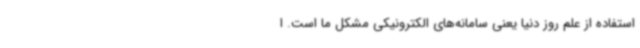
استفاده از علم روز دنیا یعنی سامانه‌های الکترونیکی مشکل ما است. ا